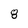
Character: 8